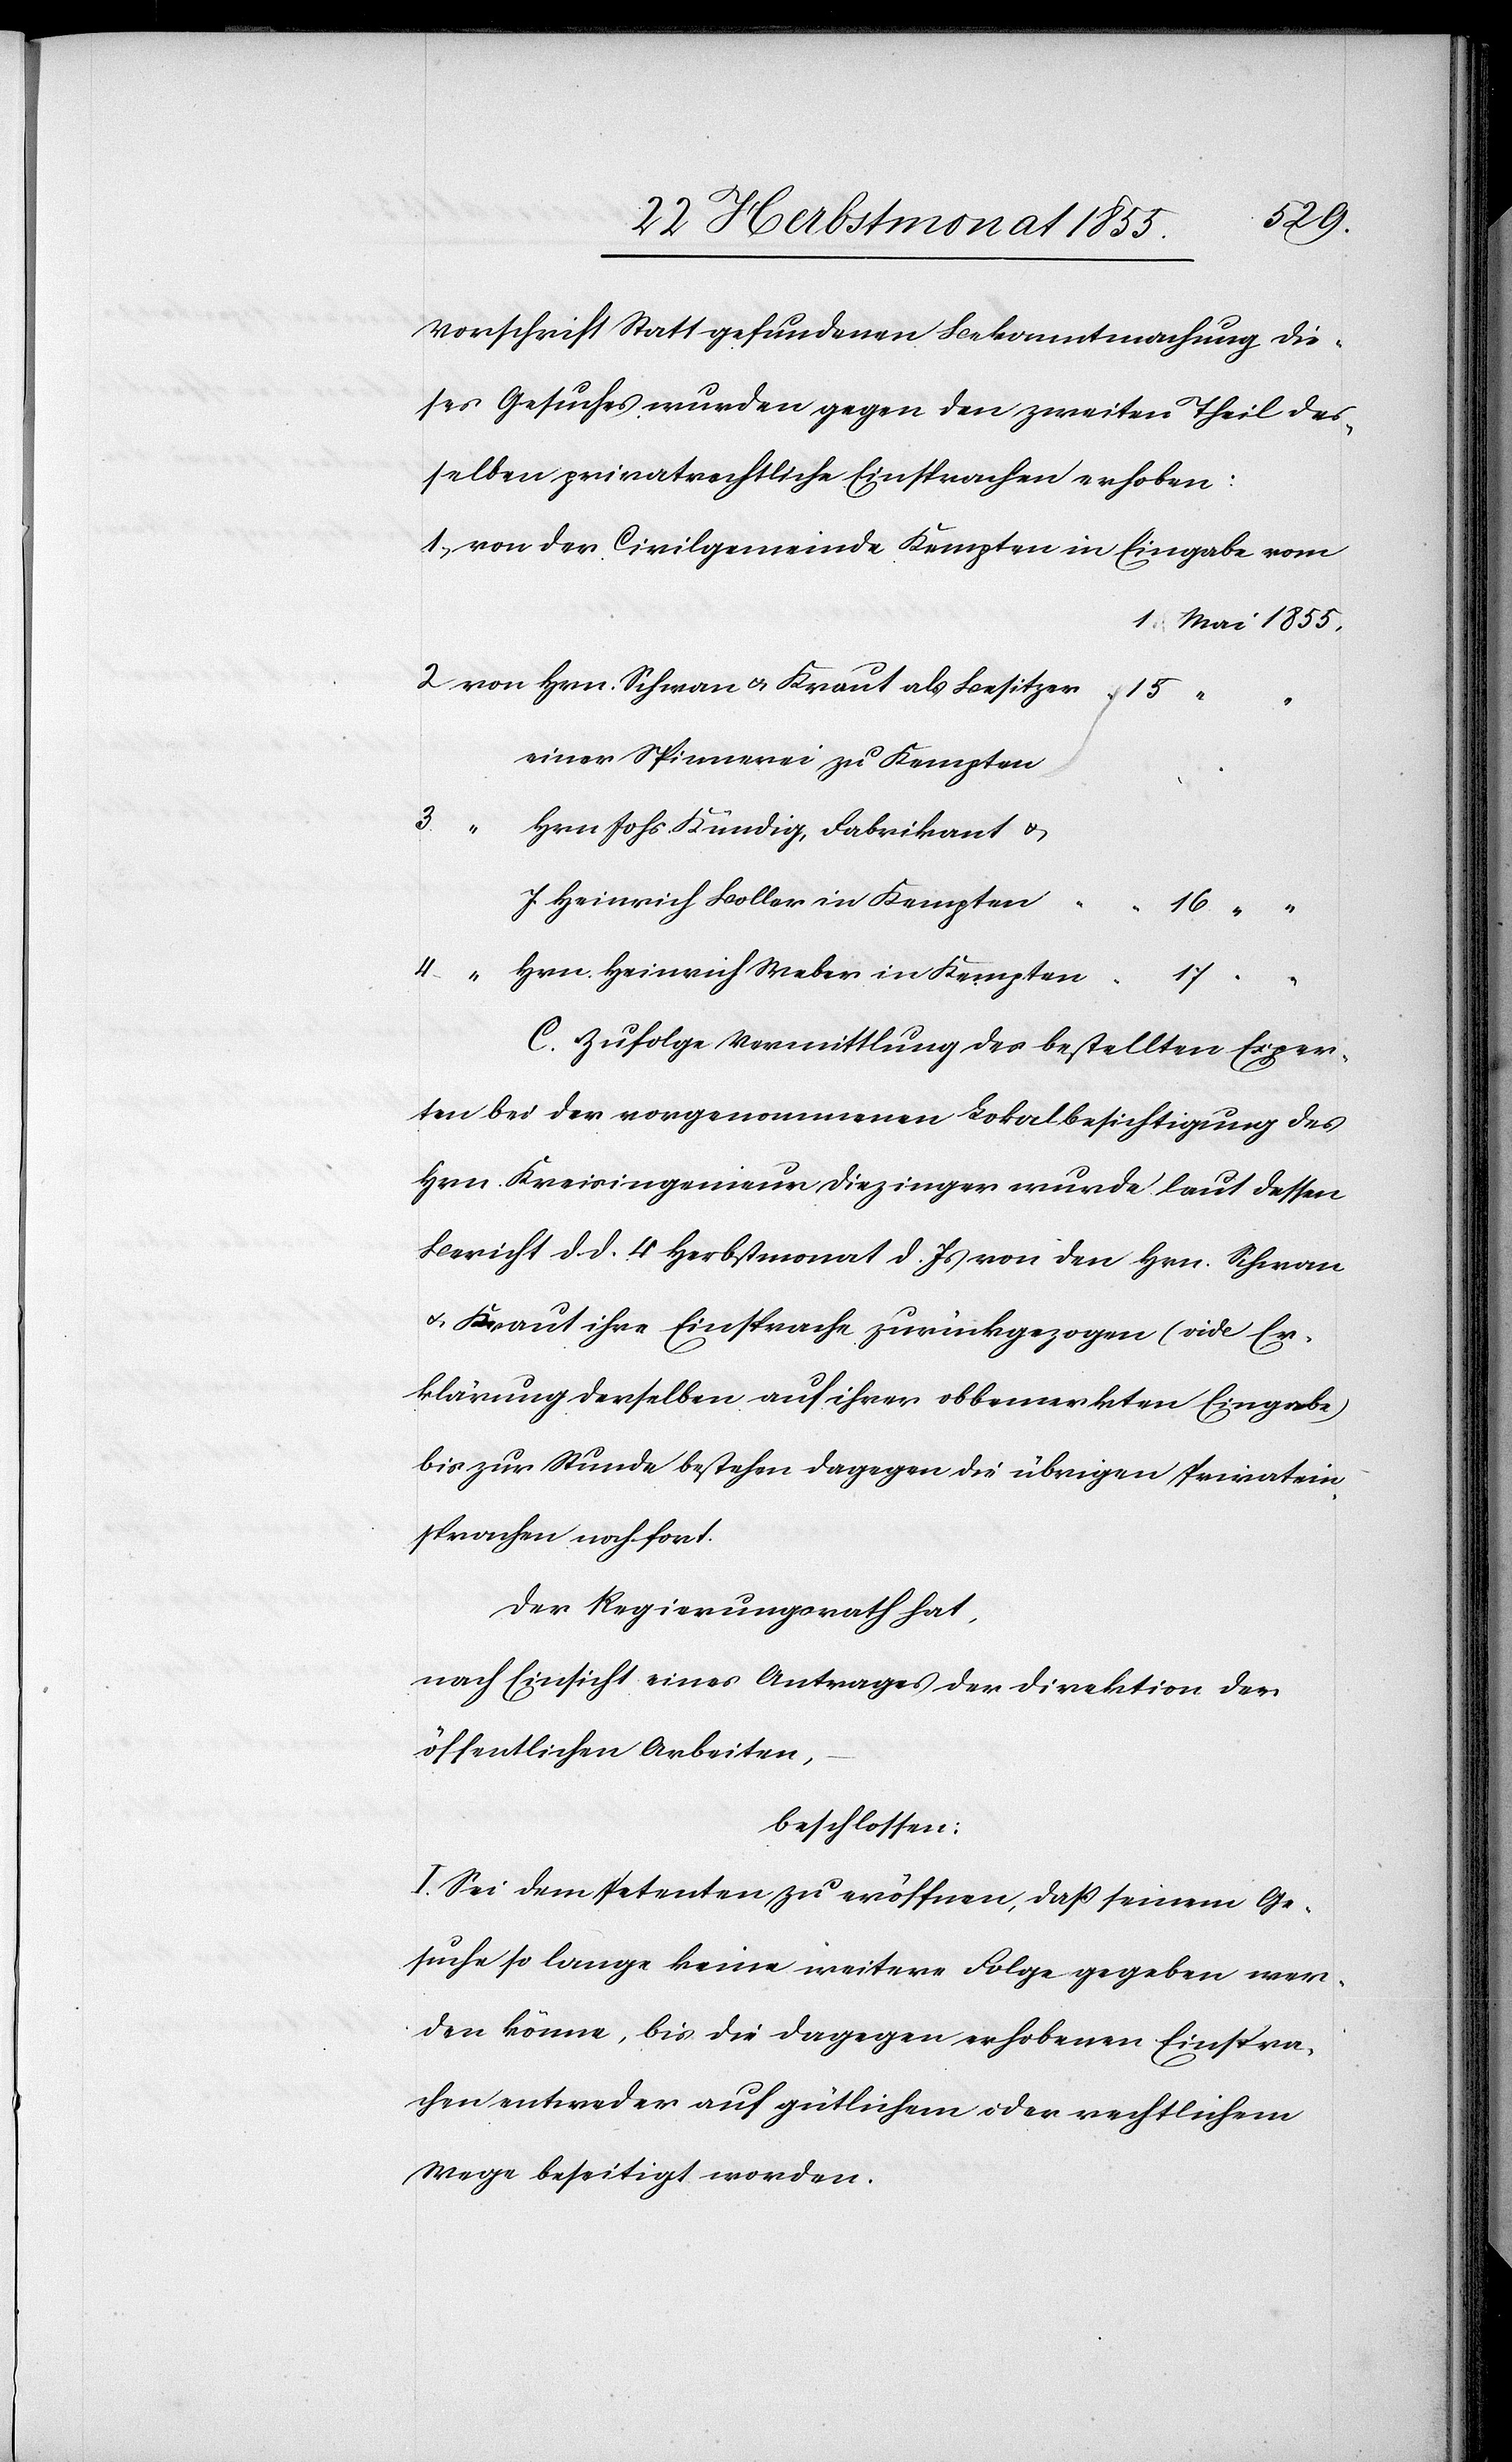
17 “
Vorschrift Statt gefundenen Bekanntmachung die¬
ses Gesuches wurden gegen den zweiten Theil des¬
selben privatrechtliche Einsprachen erhoben:
1. Mai 1855,
von Hrn. Schwan & Kraut als Besitzer
einer Spinnerei zu Kempten
3.
Hrn. Johs. Kündig, Fabrikant &
J. Heinrich Boller in Kempten
16 “ “
Hrn. Heinrich Weber in Kempten
C. Zufolge Vermittlung des bestellten Exper¬
ten bei der vorgenommenen Lokalbesichtigung des
Hrn. Kreisingenieur Diezinger wurde laut deßen
Bericht d. d. 4 Herbstmonat d. Js von den Hrn. Schwan
& Kraut ihre Einsprache zurückgezogen (vide Er¬
klärung derselben auf ihrer obbemerkten Eingabe)
bis zur Stunde bestehen dagegen die übrigen Privatein¬
sprachen noch fort.
Der Regierungsrath hat,
nach Einsicht eines Antrages der Direktion der
öffentlichen Arbeiten,
beschlossen:
I. Sei dem Petenten zu eröffnen, daß seinem Ge¬
suche so lange keine weitere Folge gegeben wer¬
den könne, bis die dagegen erhobenen Einspra¬
chen entweder auf gütlichem oder rechtlichem
Wege beseitigt worden.